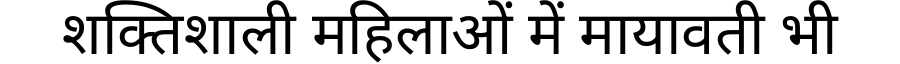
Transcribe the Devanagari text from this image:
शक्तिशाली महिलाओं में मायावती भी